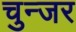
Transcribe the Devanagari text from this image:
चुन्जर